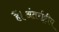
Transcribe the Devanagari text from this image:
हैं।अंतर्राष्ट्रीय